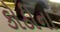
કોઠીના